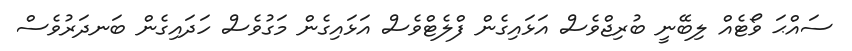
ސައްޙަ ވޯޓެއް ލިބޭނީ ބުރިޖްވެސް އަޅައިގެން ފްލެޓްވެސް އަޅައިގެން މަގުވެސް ހަދައިގެން ބަނދަރުވެސް